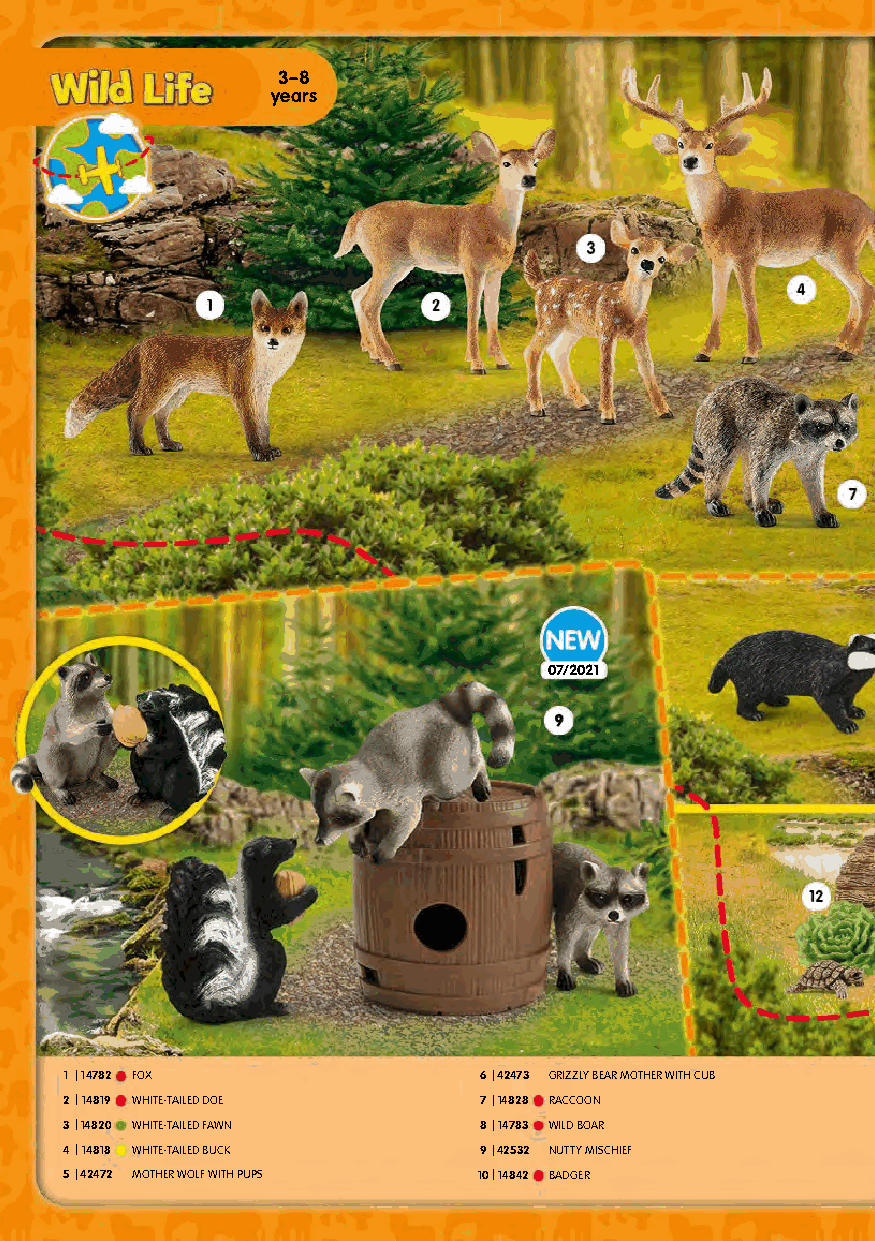
3–8
 years
 07/2021
 1 |14782 FOX                6|42473 GRIZZLY BEAR MOTHER WITH CUB
 2|14819 WHITE-TAILED DOE    7|14828 RACCOON
 3|14820 WHITE-TAILED FAWN   8|14783 WILD BOAR
 4|14818 WHITE-TAILED BUCK   9|42532 NUTTY MISCHIEF
 5|42472 MOTHER WOLF WITH PUPS 10|14842 BADGER